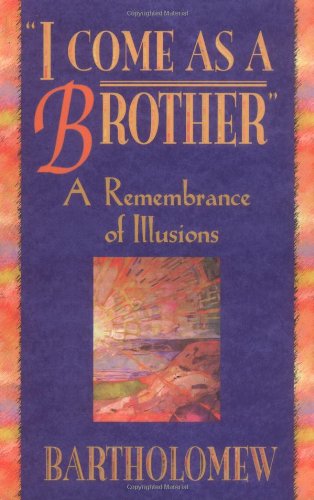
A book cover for I Come as a Brother; Bartholomew; Self-Help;